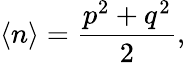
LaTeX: \left<n\right>=\frac{p^{2}+q^{2}}{2},